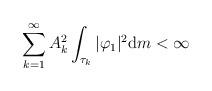
LaTeX: \begin{align*} \sum_{k=1}^\infty A_k^2\int_{\tau_k}|\varphi_1|^2{\mathrm d}m<\infty\end{align*}